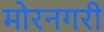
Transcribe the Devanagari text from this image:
मोरनगरी